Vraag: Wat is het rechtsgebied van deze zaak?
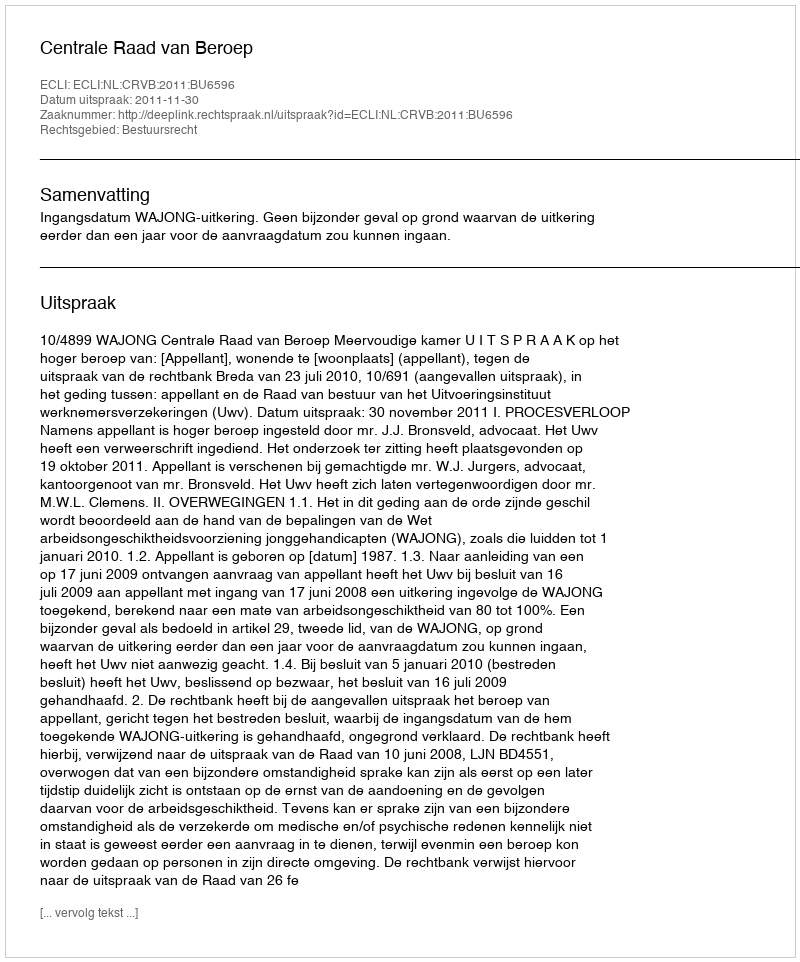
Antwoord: Bestuursrecht